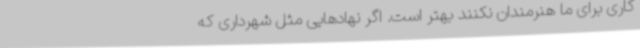
کاری برای ما هنرمندان نکنند بهتر است. اگر نهادهایی مثل شهرداری که